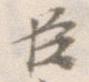
臣